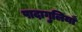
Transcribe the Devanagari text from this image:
पादागुलियाँ